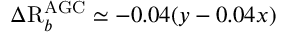
\Delta \mathrm { R } _ { b } ^ { \mathrm { A G C } } \simeq - 0 . 0 4 ( y - 0 . 0 4 x )